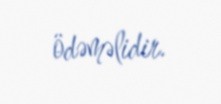
ödəməlidir.